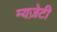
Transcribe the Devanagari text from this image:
म्यज़ेटी